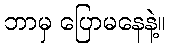
ဘာမှ ပြောမနေနဲ့။